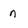
Character: n